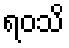
ရဝသိ